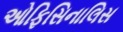
ઓફિસિનાલિસ